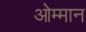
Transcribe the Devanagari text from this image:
ओम्मान